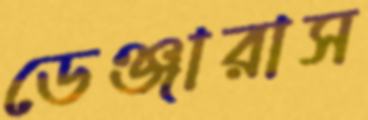
ডেঞ্জারাস